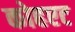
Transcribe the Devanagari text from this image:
कोहएट